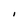
Character: I